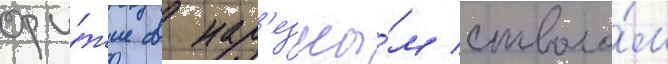
ору́жие с нар'езны́м стволо́м